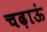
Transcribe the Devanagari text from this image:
चढ़ाऊं